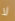
لا